Sanitation, dispensaries and jails vaccination Rajputana 1922-1927 - 1922-1927
Year: 1922
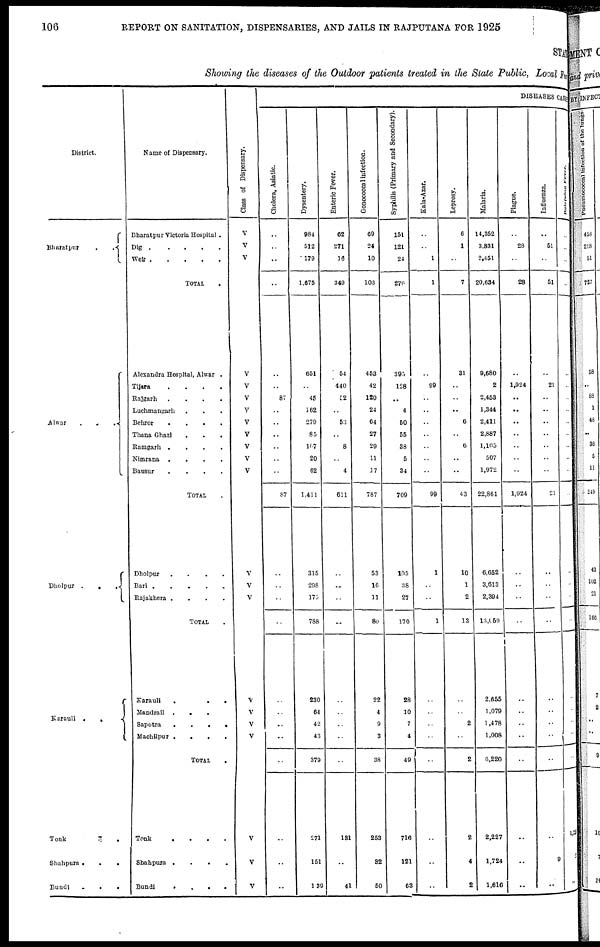
106
REPORT ON SANITATION, DISPENSARIES, AND JAILS IN RAJPUTANA FOR 1925
STAT
Showing the diseases of the Outdoor patients treated in the State Public, Local Fund
District.
Bharatpur..
Alwar
...
Dholpur
...
Karauli
..
Tonk
..
Shahpura
...
Bundi
...
Name of Dispensary.
Bharatpur Victoria Hospital.
Dig .....
Weir
TOTAL .
Alexandra Hospital, Alwar .
Tijara
....
Rajgarh
....
Luchmangarh ...
Behror
....
Thana Ghazi ...
Ramgarh
....
Nimrana
....
Bausur
....
TOTAL .
Dholpur
....
Bari
Rajakhera
....
TOTAL .
Karauli...
Mandrail
...
Sapotra
....
Machilpur
....
TOTAL .
Tonk
....
Shahpura
....
Bundi
...
Class of Dispensary.
V
V
V
V
V
V
V
V
V
V
V
V
V
V
V
V
V
V
V
V
V
DISEASES CAUSE
Cholera, Asiatic.
..
..
..
..
..
..
87
..
..
..
..
..
..
87
..
..
..
..
..
..
..
..
..
..
..
..
Dysentery.
984
512
179
1,675
651
..
45
162
279
85
107
20
62
1,411
315
298
175
788
230
64
42
43
379
271
151
139
Enteric Fever.
62
271
16
349
54
440
52
..
53
..
8
..
4
611
..
..
..
..
..
..
..
..
..
131
..
41
Gonococcal infection.
69
24
10
103
453
42
120
24
64
27
29
11
17
787
53
16
11
80
22
4
9
3
38
253
32
50
Syphilis (Primary and Secondary).
151
121
24
276
395
128
..
4
50
55
38
5
34
709
105
38
27
170
28
10
7
4
49
716
121
63
Kala-Azar.
..
..
1
1
..
99
..
..
..
..
..
..
..
99
1
..
..
1
..
..
..
..
..
..
..
..
Leprosy.
6
1
..
7
31
..
..
..
6
..
6
..
..
43
10
1
2
13
..
..
2
..
2
2
4
2
Malaria.
14,352
3,831
2,451
20,634
9,680
2
2,453
1,344
2,411
2,887
1,105
507
1,972
22,861
6,652
3,613
2,394
13,059
2,655
1,079
1,478
1,008
6,220
2,227
1,724
1,610
Plague.
..
28
..
28
..
1,924
..
..
..
..
..
..
..
1,924
..
..
..
..
..
..
..
..
..
..
..
..
Influenza.
..
51
..
51
..
21
..
..
..
..
..
..
..
21
..
..
..
..
..
..
..
..
..
..
9
..
Relapsing
fever.
..
..
..
..
..
..
..
..
..
..
..
..
..
..
..
..
..
..
..
..
..
..
..
1
..
..